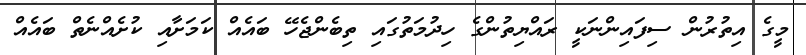
މީގެ އިތުރުން ސިފައިންނަކީ ރައްޔިތުންގެ ހިދުމަތުގައި ތިބެންޖެހޭ ބައެއް ކަމަށާއި ކުށެއްނެތް ބައެއް